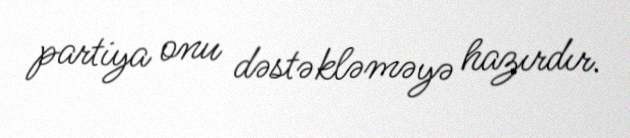
partiya onu dəstəkləməyə hazırdır.